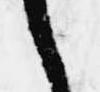
之